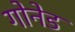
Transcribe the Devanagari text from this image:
गोनेड